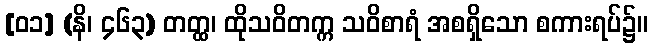
[၀၁] (နိ၊ ၄၆၃) တတ္ထ၊ ထိုသဝိတက္က သဝိစာရံ အစရှိသော စကားရပ်၌။